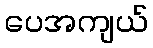
ပေအကျယ်